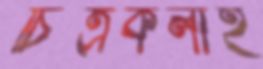
চিত্রকলাই